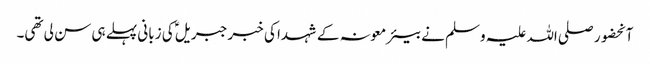
آنحضور صلی اللہ علیہ وسلم نے بیئر معونہ کے شہدا کی خبر جبریلؑ کی زبانی پہلے ہی سن لی تھی۔